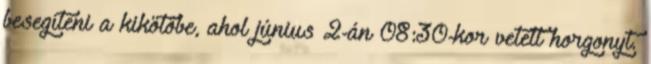
besegíteni a kikötőbe, ahol június 2-án 08:30-kor vetett horgonyt.